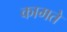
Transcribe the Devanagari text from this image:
कामते